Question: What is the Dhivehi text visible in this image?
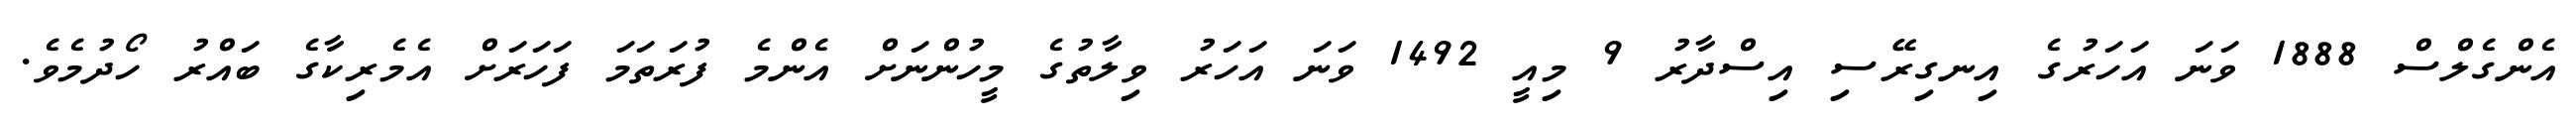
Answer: އެންގެލްސް 1888 ވަނަ އަހަރުގެ އިނގިރޭސި އިސްދާރު 9 މިއީ 1492 ވަނަ އަހަރު ވިލާތުގެ މީހުންނަށް އެންމެ ފުރަތަމަ ފަހަރަށް އެމެރިކާގެ ބައްރު ހޯދުމެވެ.